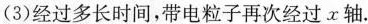
(3)经过多长时间，带电粒子再次经过x轴。